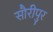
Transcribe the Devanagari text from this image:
सौरीपुर